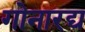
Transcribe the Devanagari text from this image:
गोनारद्य